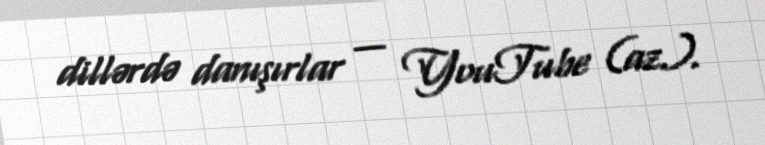
dillərdə danışırlar — YouTube (az.).